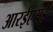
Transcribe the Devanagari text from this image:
आरईएसई